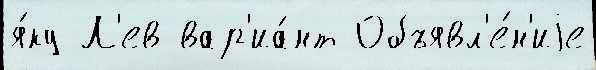
я́ку Л'ев вар'иа́нт Объявл'е́н'иjе